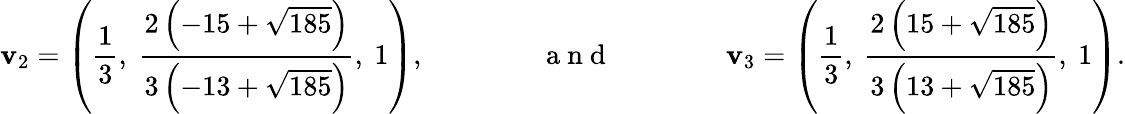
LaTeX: \mathbf{v}_{2}=\left(\frac{1}{3},\ \frac{2\left(-15+\sqrt{185}\right)}{3\left(-13+\sqrt{185}\right)},\ 1\right),\qquad\qquad\mathrm{~a~n~d~}\qquad\qquad\mathbf{v}_{3}=\left(\frac{1}{3},\ \frac{2\left(15+\sqrt{185}\right)}{3\left(13+\sqrt{185}\right)},\ 1\right).